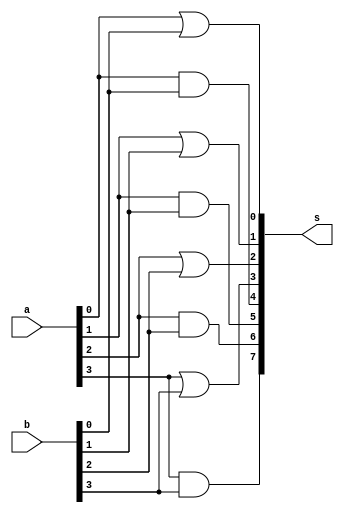
// -------------------------
// Exemplo0031 - F4
// Nome: Rafael Guimares de Sousa
// -------------------------
// -------------------------
// f4_gate
// -------------------------
module f4 (output [7:0] s,input [3:0] a,input [3:0] b);

or OR1 (s[0], a[0], b[0]);
or OR2 (s[1], a[1], b[1]);
or OR3 (s[2], a[2], b[2]);
or OR4 (s[3], a[3], b[3]);

and AND1 (s[4], a[0], b[0]);
and AND2 (s[5], a[1], b[1]);
and AND3 (s[6], a[2], b[2]);
and AND4 (s[7], a[3], b[3]);

endmodule // f4

module test_f4;
// ------------------------- definir dados
reg [3:0] x;
reg [3:0] y;
wire [7:0] z;

f4 modulo (z, x, y);
// ------------------------- parte principal
initial begin

$display("Exemplo0031 - Rafael Guimares de Sousa - 451607");
$display("Test LU's module");

x = 4'b0011; y = 4'b0101;

$monitor("x | y = %4b \t x & y = %4b",z[3:0],z[7:4]);

end
endmodule // test_f4